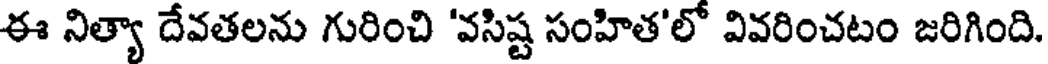
ఈ నిత్యా దేవతలను గురించి 'వసిష్ట సంహిత'లో వివరించటం జరిగింది.